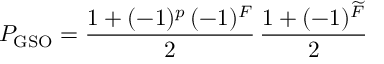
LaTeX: P _ { \mathrm { G S O } } = \frac { 1 + ( - 1 ) ^ { p } \, ( - 1 ) ^ { F } } { 2 } \, \frac { 1 + ( - 1 ) ^ { \widetilde F } } { 2 }